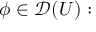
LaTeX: \phi \in { \mathcal { D } } ( U ) :